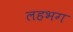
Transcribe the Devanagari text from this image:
लहभग